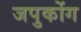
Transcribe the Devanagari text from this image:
जपुकोंग